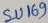
Text: SU169